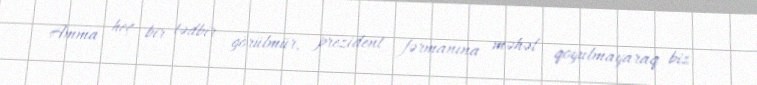
Amma heç bir tədbir görülmür, prezident fərmanına məhəl qoyulmayaraq biz